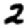
Digit: 2